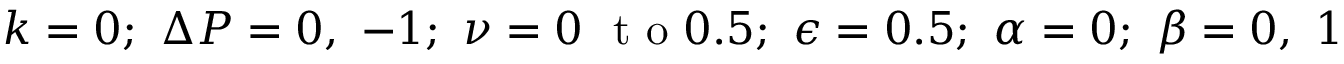
k = 0 ; ~ \Delta P = 0 , ~ - 1 ; ~ \nu = 0 ~ \mathrm { ~ t ~ o ~ } 0 . 5 ; ~ \epsilon = 0 . 5 ; ~ \alpha = 0 ; ~ \beta = 0 , ~ 1